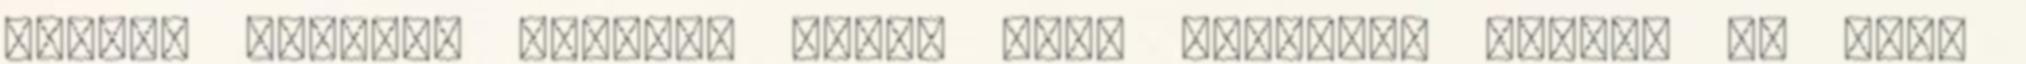
single playert nehezen lehet erre rávenni, kivéve ha csak